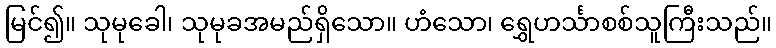
မြင်၍။ သုမုခေါ၊ သုမုခအမည်ရှိသော။ ဟံသော၊ ရွှေဟင်္သာစစ်သူကြီးသည်။